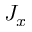
J _ { x }